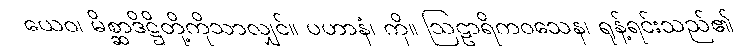
ယေဝ၊ မိစ္ဆာဒိဋ္ဌိတို့ကိုသာလျှင်။ ပဟာနံ၊ ကို။ ဩဠာရိကဝသေန၊ ရုန့်ရင်းသည်၏